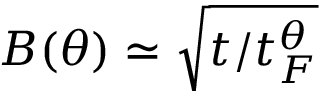
B ( \theta ) \simeq \sqrt { t / t _ { F } ^ { \theta } }